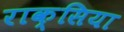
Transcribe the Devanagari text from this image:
राक्सिया